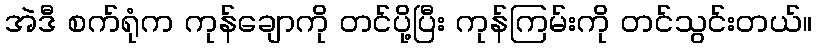
အဲဒီ စက်ရုံက ကုန်ချောကို တင်ပို့ပြီး ကုန်ကြမ်းကို တင်သွင်းတယ်။